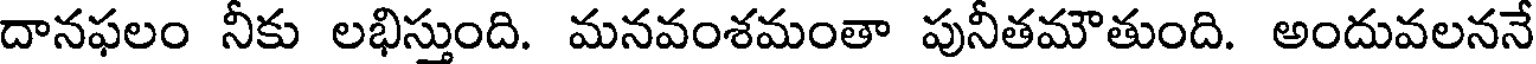
దానఫలం నీకు లభిస్తుంది. మనవంశమంతా పునీతమౌతుంది. అందువలననే